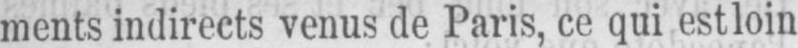
ments indirects venus de Paris, ce qui est loin